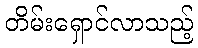
တိမ်းရှောင်လာသည့်